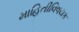
માહિતીવિષયક